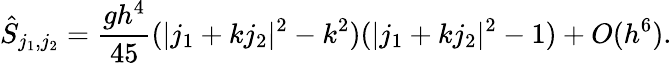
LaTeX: \hat{S}_{j_{1},j_{2}}=\frac{gh^{4}}{45}(|j_{1}+kj_{2}|^{2}-k^{2})(|j_{1}+kj_{2}|^{2}-1)+O(h^{6}).